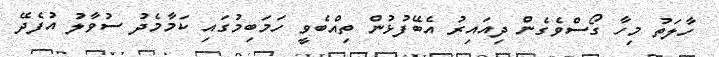
ހާލަތު މިހާ ގޯސްވެގެން ދިއައިރު އެބޭފުޅުން ތިއްބެވީ ހަމަބިމުގައި ކަމާމެދު ސުވާލު އުފެދޭ